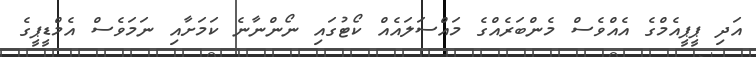
އަދި ޕީޕީއެމްގެ އެއްވެސް މެންބަރެއްގެ މައްސަލައެއް ކޯޓުގައި ނޯންނާނެ ކަމަށާއި ނަމަވެސް އެމްޑީޕީގެ